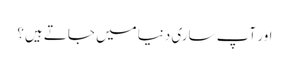
اور آپ ساری دنیا میں جاتے ہیں؟